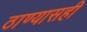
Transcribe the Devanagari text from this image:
ठाण्यासही